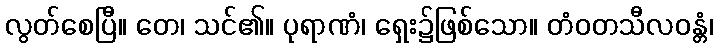
လွတ်စေပြီ။ တေ၊ သင်၏။ ပုရာဏံ၊ ရှေး၌ဖြစ်သော။ တံဝတသီလဝန္တံ၊